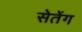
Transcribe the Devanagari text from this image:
सेतेंग